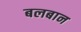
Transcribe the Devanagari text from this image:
बलबान